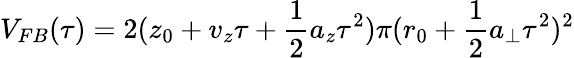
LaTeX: V_{FB}(\tau)=2(z_{0}+v_{z}\tau+\frac{1}{2}a_{z}\tau^{2})\pi(r_{0}+\frac{1}{2}a_{\perp}\tau^{2})^{2}